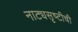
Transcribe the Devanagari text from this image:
नाट्यसृष्‍टीची